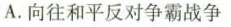
A.向往和平反对争霸战争